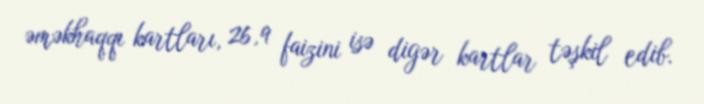
əməkhaqqı kartları, 26,9 faizini isə digər kartlar təşkil edib.